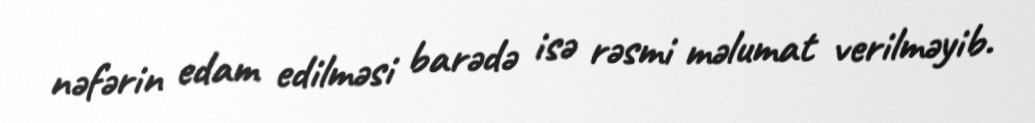
nəfərin edam edilməsi barədə isə rəsmi məlumat verilməyib.